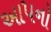
આ૫નો